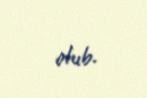
olub.